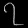
Digit: ၇